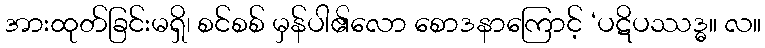
အားထုတ်ခြင်းမရှိ၊ စင်စစ် မှန်ပါ၏လော စောဒနာကြောင့် ‘ပဋိပဿဒ္ဓ။ လ။